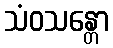
သံဝသန္တော